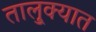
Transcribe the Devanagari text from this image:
तालु्क्यात